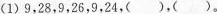
(1)9，28，9，26，9，24，()，()。